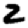
Digit: 2